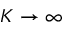
K \rightarrow \infty